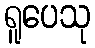
ရူပေသု